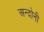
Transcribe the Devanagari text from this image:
अन्दोनी